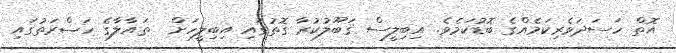
އޮތް ހަސަދަވެރިކަމެއްގެ ބޮޑުކަމެވެ. އިބިލީސް ޤަބޫލުކުރާ ގޮތުގައި އިބިލީހަށް  ތައާލާގެ ހަޟްރަތުގައި